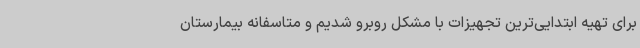
برای تهیه ابتدایی‌ترین تجهیزات با مشکل روبرو شدیم و متاسفانه بیمارستان